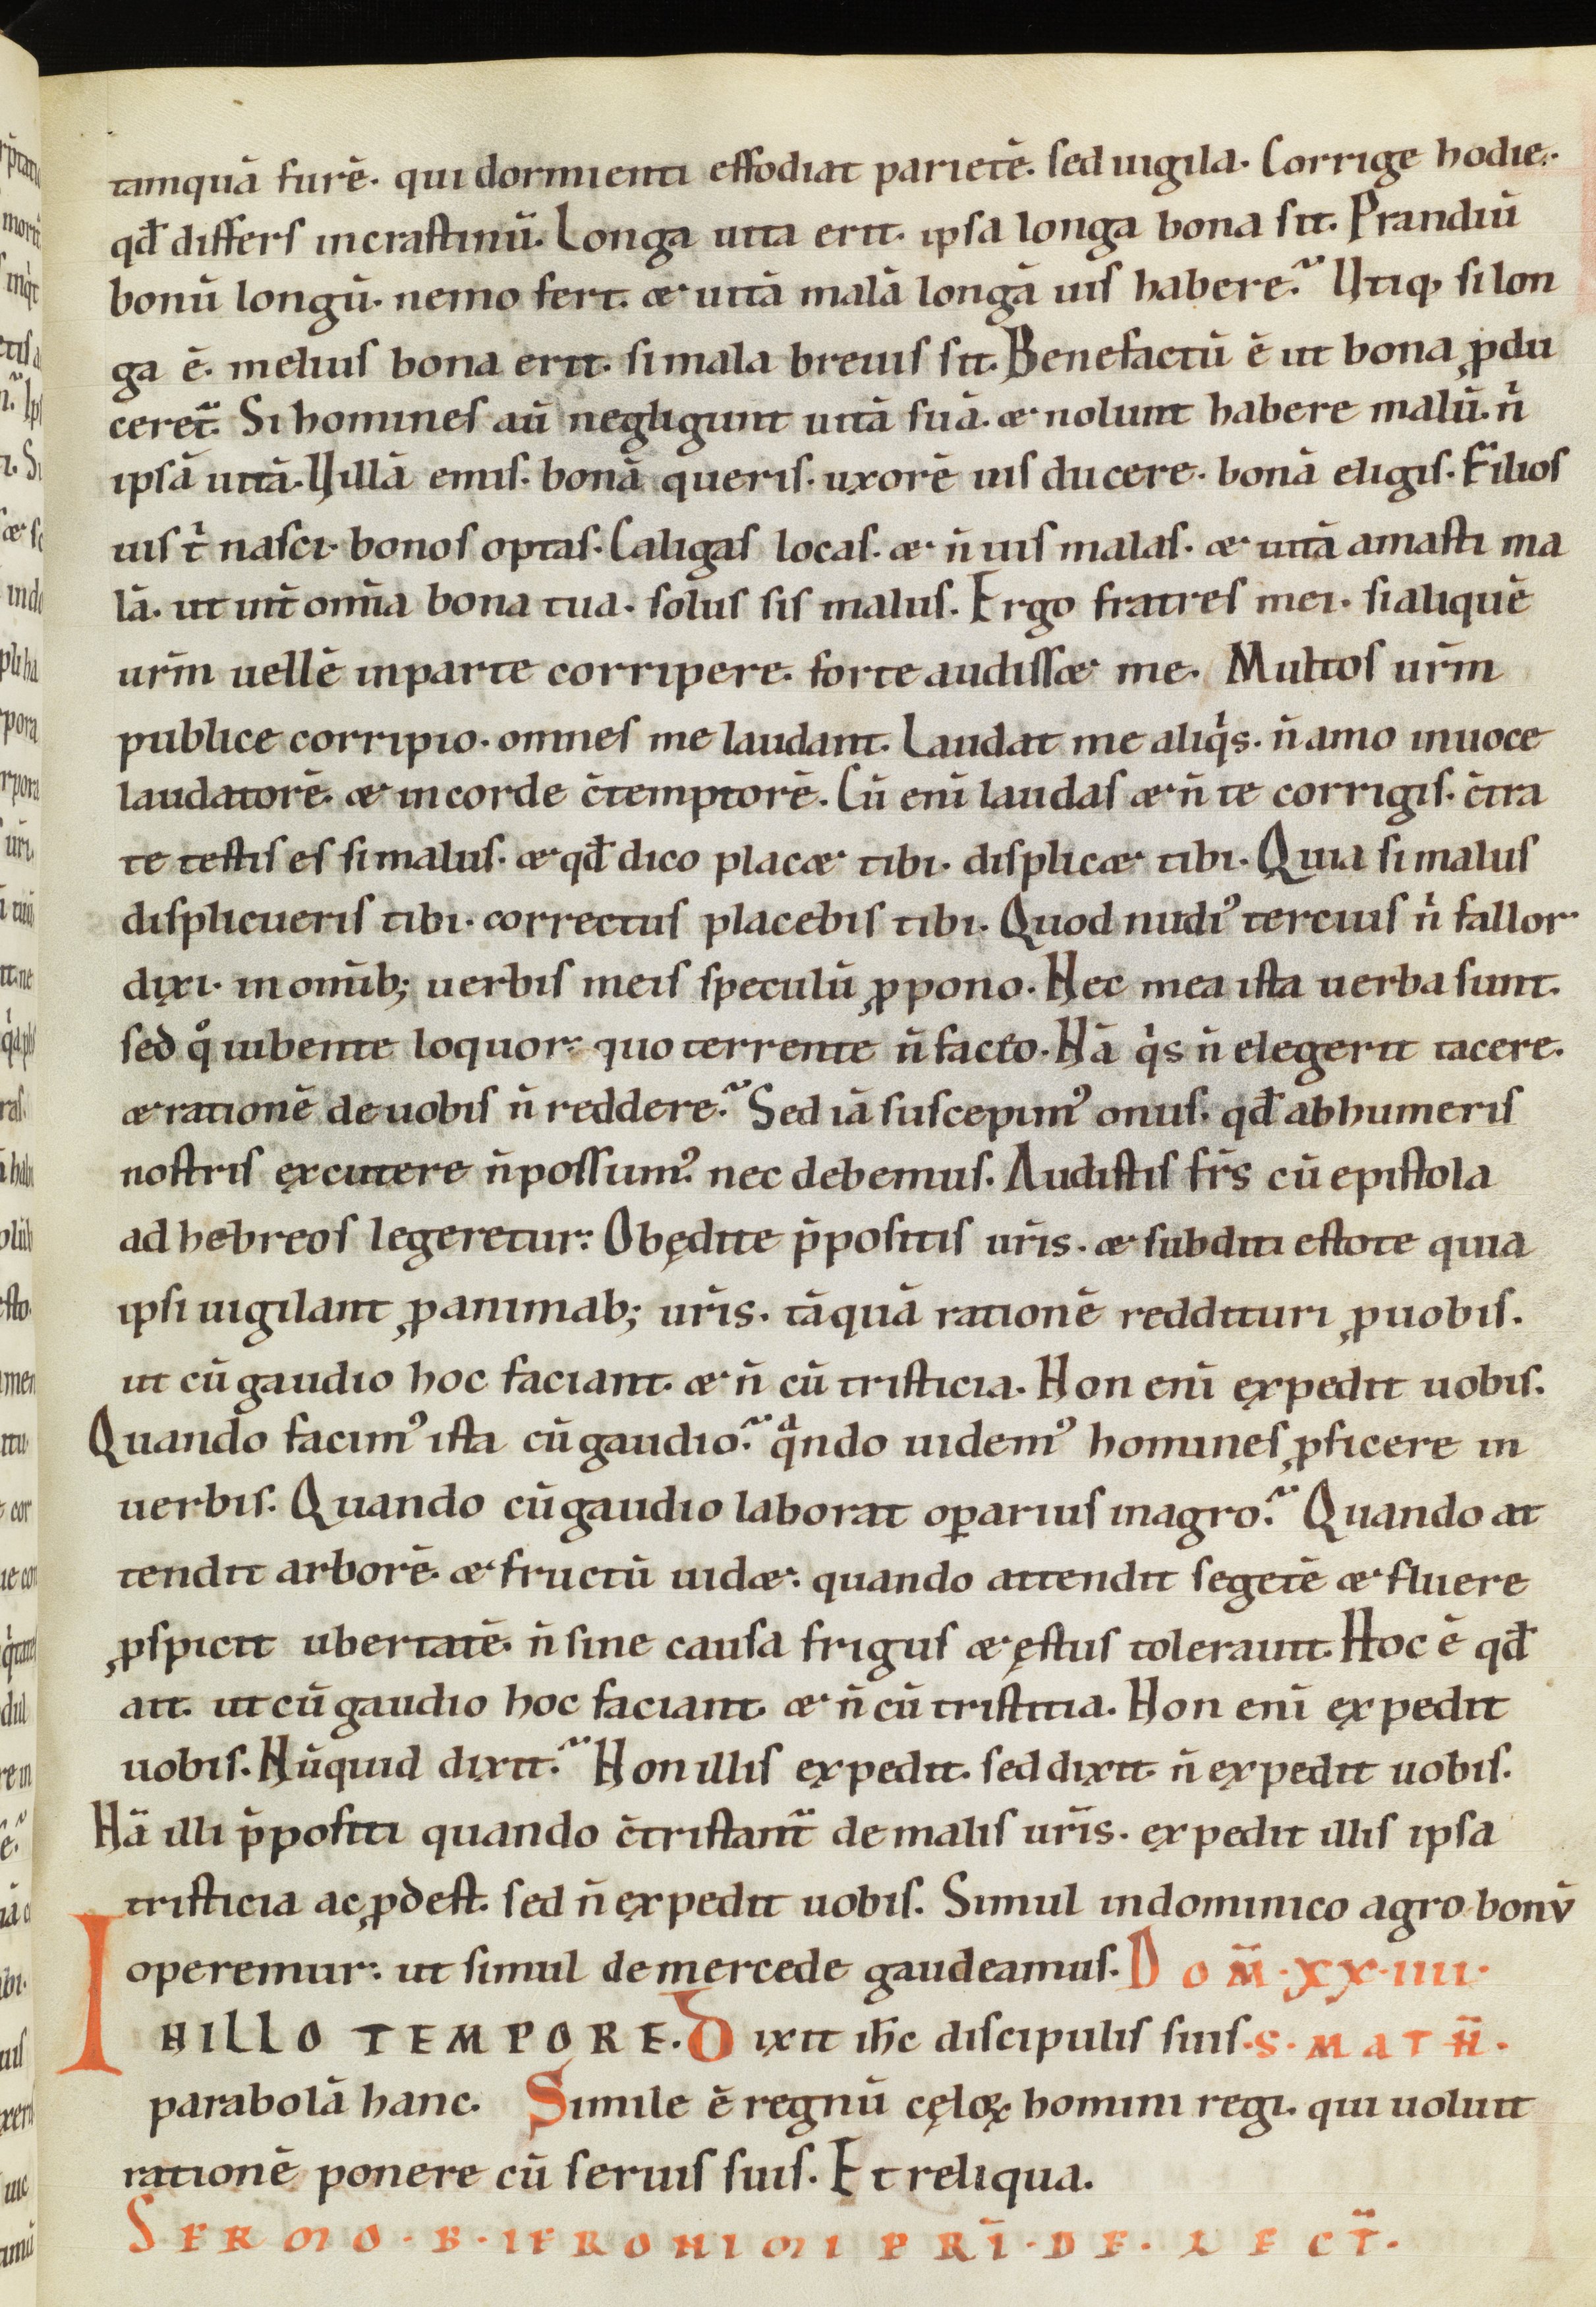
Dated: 1100–1199